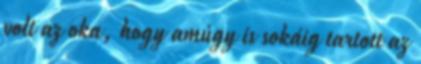
volt az oka, hogy amúgy is sokáig tartott az